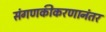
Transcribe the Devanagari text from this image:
संगणकीकरणानंतर